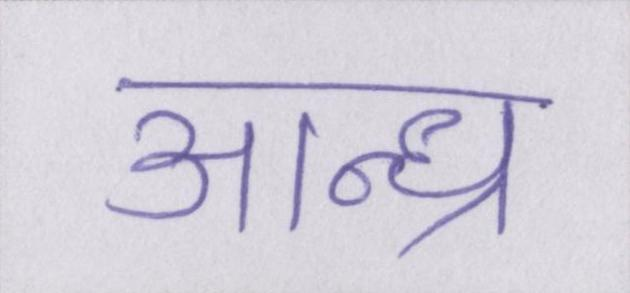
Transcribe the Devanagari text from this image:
आन्ध्र